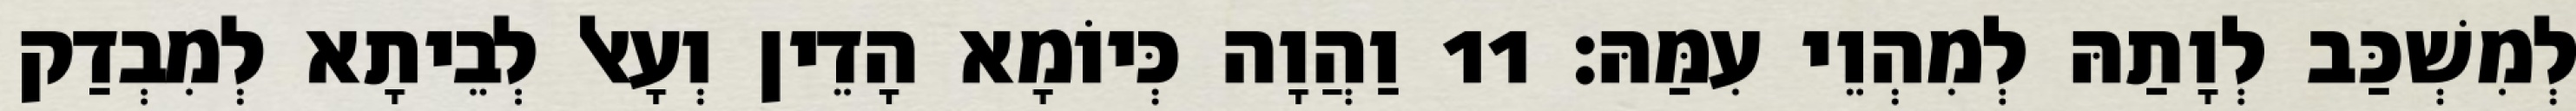
לְמִשְׁכַּב לְוָתַהּ לְמִהְוֵי עִמַּהּ׃ 11 וַהֲוָה כְּיוֹמָא הָדֵין וְעָאל לְבֵיתָא לְמִבְדַק